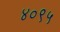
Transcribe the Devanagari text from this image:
४०९५